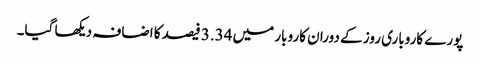
پورے کاروباری روز کے دوران کاروبار میں 3.34 فیصد کا اضافہ دیکھا گیا۔